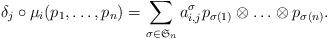
LaTeX: \begin{align*}\delta_j \circ \mu_i(p_1, \ldots, p_n) = \sum_{\sigma \in \mathfrak{S}_n} a_{i,j}^\sigma p_{\sigma(1)} \otimes \ldots \otimes p_{\sigma(n)}. \end{align*}